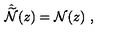
\hat { \widetilde { \cal N } } ( z ) = { \cal N } ( z ) \ ,